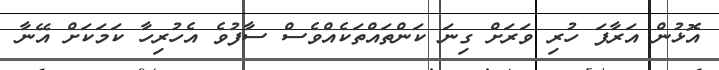
އޮޅުން އަރާފަ ހުރި ވަރަށް ގިނަ ކަންތައްތަކެއްވެސް ސާފުވެ އެހުރިހާ ކަމަކަށް އޭނާ